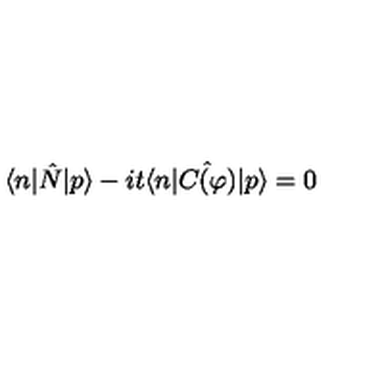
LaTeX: \langle n | \hat { N } | p \rangle - i t \langle n | \hat { C ( \varphi ) } | p \rangle = 0